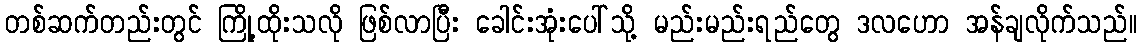
တစ်ဆက်တည်းတွင် ကြို့ထိုးသလို ဖြစ်လာပြီး ခေါင်းအုံးပေါ်သို့ မည်းမည်းရည်တွေ ဒလဟော အန်ချလိုက်သည်။